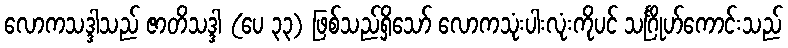
လောကသဒ္ဒါသည် ဇာတိသဒ္ဒါ (ပေ ၃၃) ဖြစ်သည်ရှိသော် လောကသုံးပါးလုံးကိုပင် သင်္ဂြိုဟ်ကောင်းသည်